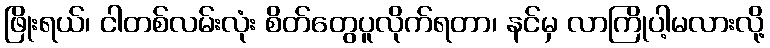
ဖြိုးရယ်၊ ငါတစ်လမ်းလုံး စိတ်တွေပူလိုက်ရတာ၊ နင်မှ လာကြိုပါ့မလားလို့